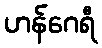
ဟန်ဂေရီ